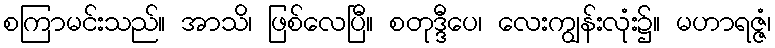
စကြာမင်းသည်။ အာသိ၊ ဖြစ်လေပြီ။ စတုဒ္ဒီပေ၊ လေးကျွန်းလုံး၌။ မဟာရဇ္ဇံ၊